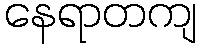
နေရာတကျ